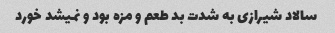
سالاد شیرازی به شدت بد طعم و مزه بود و نمیشد خورد